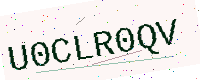
Text: U0CLR0QV